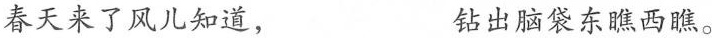
春天来了风儿知道， 钻出脑袋东瞧西瞧。